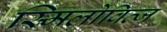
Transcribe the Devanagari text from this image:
स्मिलोवित्ज